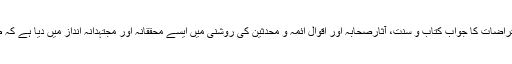
شیخ الاسلام ڈاکٹر محمد طاہر القادری نے اس کتاب میں تصورِ بدعت پر وارد ہونے والے ممکنہ اِعتراضات کا جواب کتاب و سنت، آثارِصحابہ اور اَقوالِ ائمہ و محدثین کی روشنی میں ایسے محققانہ اور مجتہدانہ انداز میں دیا ہے کہ طویل مدت سے تصورِ بدعت پر پڑی ہوئی اِبہام و تشکیک کی گرد ہمیشہ کے لیے صاف ہوگئی ہے۔